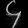
Digit: ၄